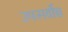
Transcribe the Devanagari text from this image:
उपसर्वोच्च